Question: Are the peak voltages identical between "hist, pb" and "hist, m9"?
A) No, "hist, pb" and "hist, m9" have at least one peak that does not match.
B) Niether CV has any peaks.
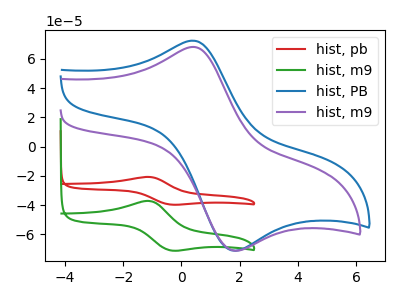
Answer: <think>The red curve "hist, pb" has an anodic peak at (-1.10V, -20.75uA) and a cathodic peak at (-0.35V, -39.65uA). The green curve "hist, m9" has an anodic peak at (-1.10V, -37.20uA) and a cathodic peak at (-0.35V, -71.00uA). The blue curve "hist, PB" has an anodic peak at (0.40V, 72.40uA) and a cathodic peak at (1.75V, -71.10uA). The purple curve "hist, m9" has an anodic peak at (0.35V, 68.10uA) and a cathodic peak at (1.85V, -71.20uA).</think>
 <answer>A) No, "hist, pb" and "hist, m9" have at least one peak that does not match.</answer>
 <eval>A</eval>